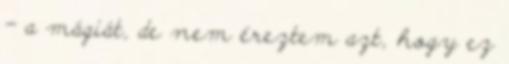
- a mágiát, de nem éreztem azt, hogy ez